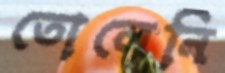
তোলেনি